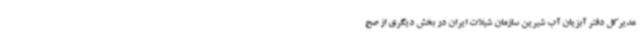
مدیرکل دفتر آبزیان آب شیرین سازمان شیلات ایران در بخش دیگری از صح